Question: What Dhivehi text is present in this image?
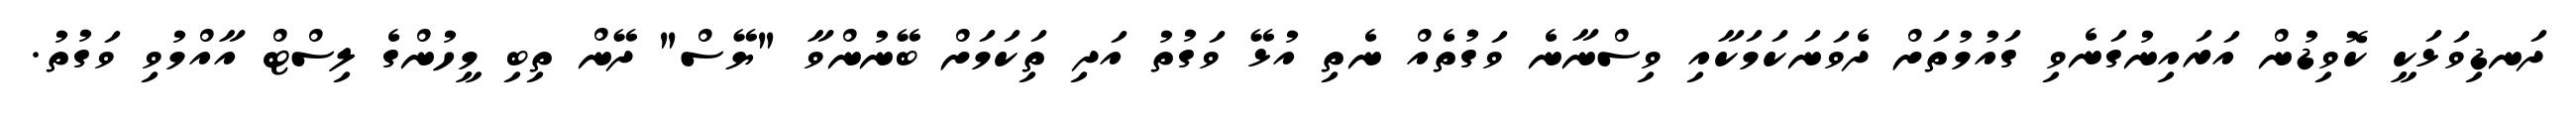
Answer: ދަނޑިވަޅަކީ ކޮވިޑުން އަރައިނުގަނެވި ގައުމުތަށް ދެވަނަކަމަކާއި ވިސްނާނެ ވަގުތެއް ނެތި އުޅޭ ވަގުތު އަދި ތިަކަމަށް ބޭނުންވާ "ޔޭސް" ދޭން ތިބި މީހުންގެ ލިސްޓް އާއްމުވި ވަގުތު.